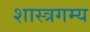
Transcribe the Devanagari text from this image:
शास्त्रगम्य